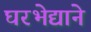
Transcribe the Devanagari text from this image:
घरभेद्याने